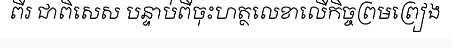
ពីរ ជាពិសេស បន្ទាប់ពីចុះហត្ថលេខាលើកិច្ចព្រមព្រៀង